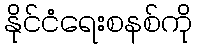
နိုင်ငံရေးစနစ်ကို